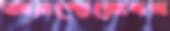
অরণ্যেরোদন